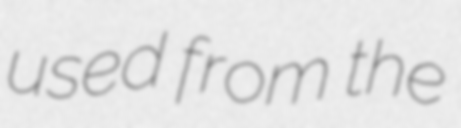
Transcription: used from the